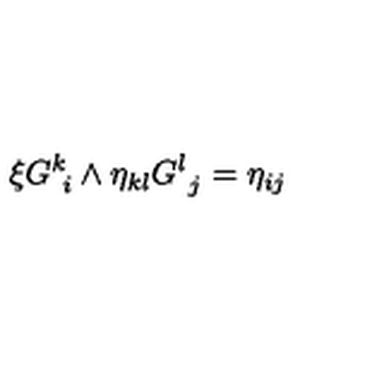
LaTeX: \xi G _ { \ i } ^ { k } \wedge \eta _ { k l } G _ { \ j } ^ { l } = \eta _ { i j }